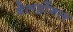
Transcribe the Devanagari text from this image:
बेलहोंगल